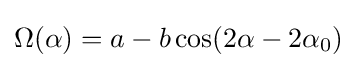
\Omega (\alpha )=a-b\cos(2\alpha -2\alpha _{0})